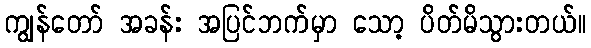
ကျွန်တော် အခန်း အပြင်ဘက်မှာ သော့ ပိတ်မိသွားတယ်။